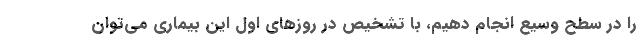
را در سطح وسیع انجام دهیم، با تشخیص در روزهای اول این بیماری می‌توان